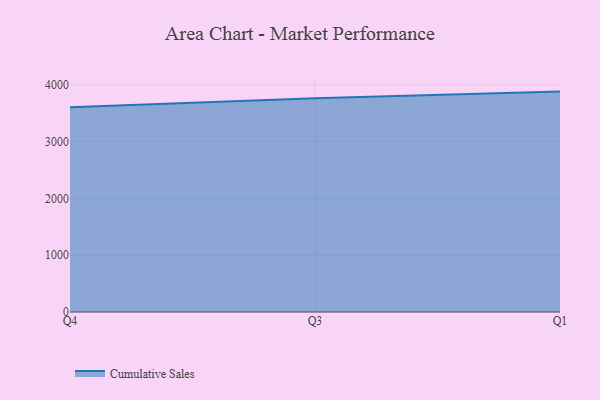
{"axis": {"x": "Quarter", "y": "Tickets Resolved"}, "legend": ["Cumulative Sales"], "data": [{"x": "Q4", "y": 3604.9, "type": "Cumulative Sales"}, {"x": "Q3", "y": 3764.6, "type": "Cumulative Sales"}, {"x": "Q1", "y": 3881.4, "type": "Cumulative Sales"}]}